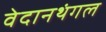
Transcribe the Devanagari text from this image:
वेदानथंगल